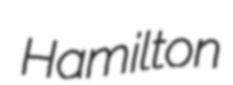
Hamilton